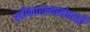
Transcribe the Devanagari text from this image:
स्वीकारल्यानंतरही